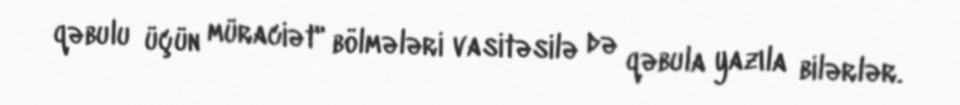
qəbulu üçün müraciət" bölmələri vasitəsilə də qəbula yazıla bilərlər.